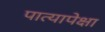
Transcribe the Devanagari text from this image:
पात्यापेक्षा